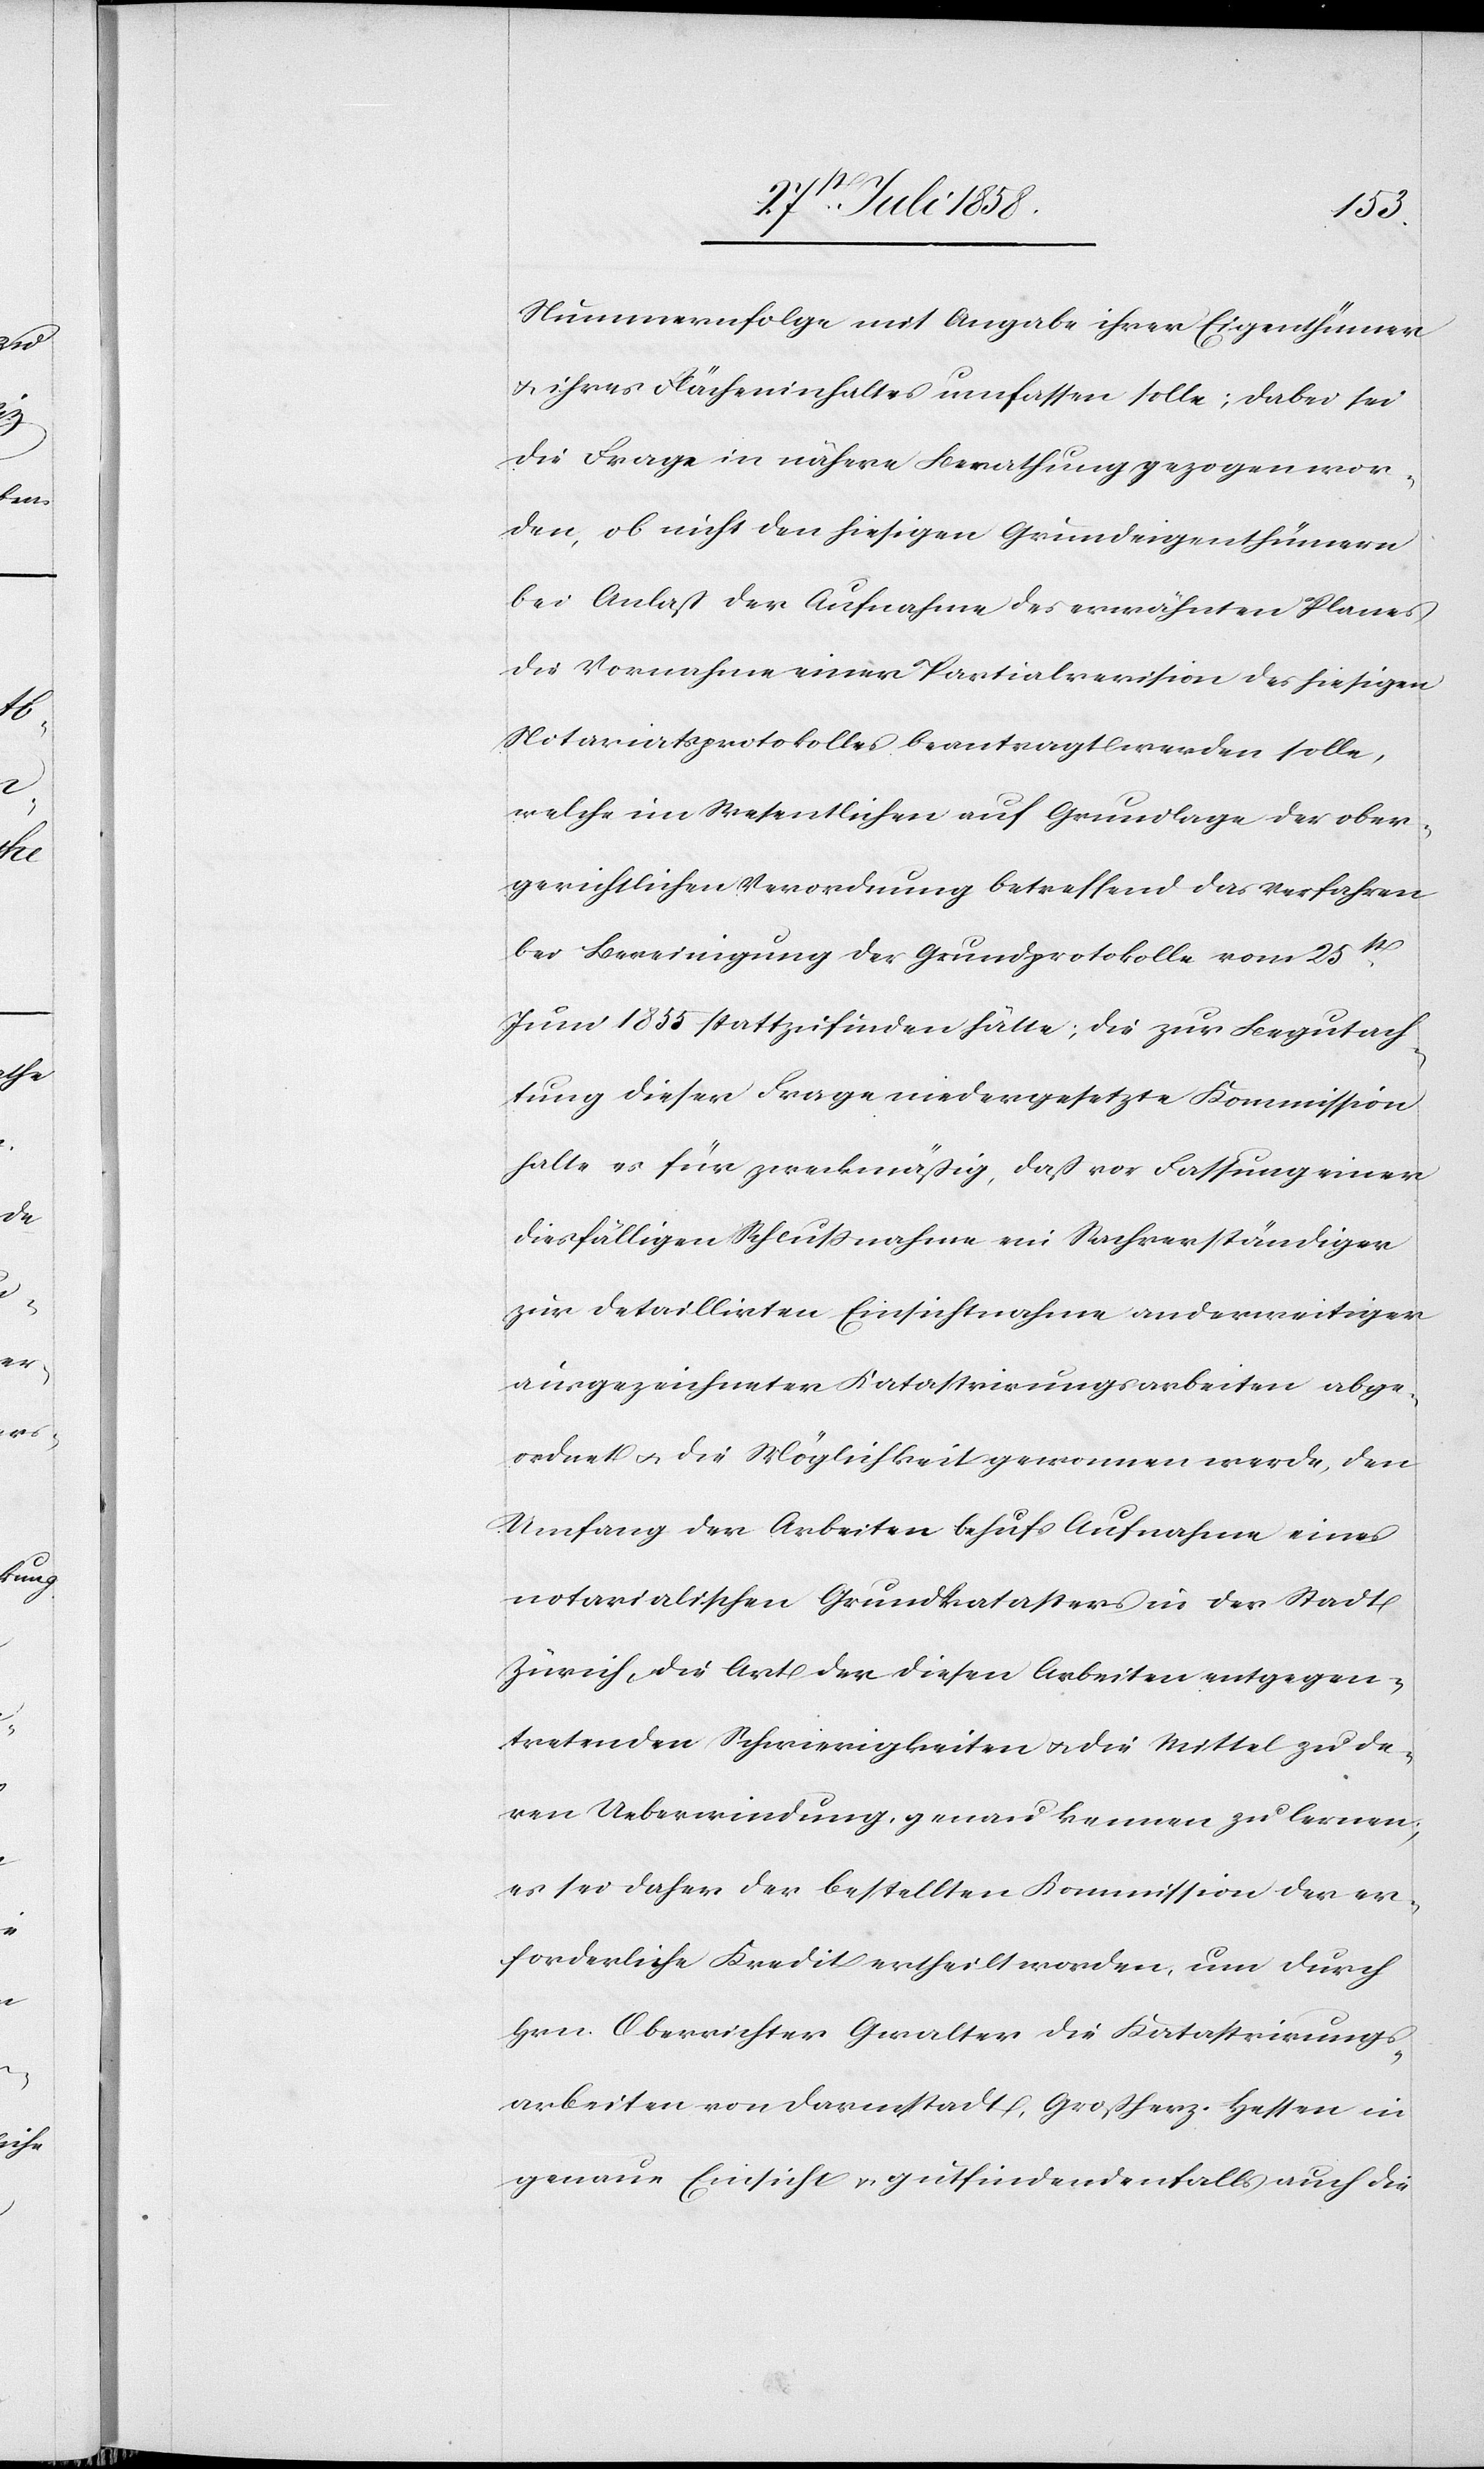
Nummernfolge mit Angabe ihrer Eigenthümer
& ihres Flächeninhaltes umfassen solle; dabei sei
die Frage in nähere Berathung gezogen wor¬
den, ob nicht den hiesigen Grundeigenthümern
bei Anlaß der Aufnahme des erwähnten Planes
die Vornahme einer Partialrevision des hiesigen
Notariatsprotokolles beantragt werden solle,
welche im Wesentlichen auf Grundlage der ober¬
gerichtlichen Verordnung betreffend das Verfahren
bei Bereinigung der Grundprotokolle vom 25st.
Juni 1855 stattzufinden hätte; die zur Begutach¬
tung dieser Frage niedergesetzte Kommission
halte es für zweckmäßig, daß vor Fassung einer
diesfälligen Schlussnahme ein Sachverständiger
zur detaillirten Einsichtnahme anderweitiger
ausgezeichneter Katastrirungsarbeiten abge¬
ordnet & die Möglichkeit gewonnen werde, den
Umfang der Arbeiten behufs Aufnahme eines
notarialischen Grundkatasters in der Stadt
Zürich, die Art der diesen Arbeiten entgegen¬
tretenden Schwierigkeiten & die Mittel zu de¬
ren Ueberwindung, genau kennen zu lernen;
es sei daher der bestellten Kommission der er¬
forderliche Kredit ertheilt worden, um durch
Hrn. Oberrichter Gwalter die Katastrirungs¬
arbeiten von Darmstadt, Großherz. Hessen in
genaue Einsicht & gutfindendenfalls auch die